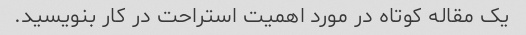
یک مقاله کوتاه در مورد اهمیت استراحت در کار بنویسید.